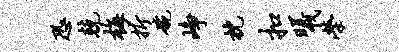
恐兢梅折碗峥枕扣曦荣